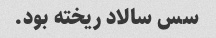
سس سالاد ریخته بود.